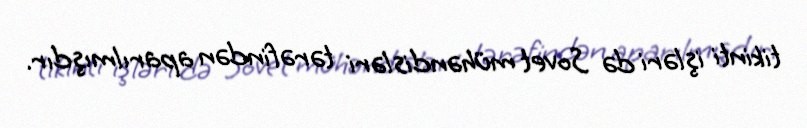
tikinti işləri də Sovet mühəndisləri tərəfindən aparılmışdır.